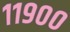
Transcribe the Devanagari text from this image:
११९००